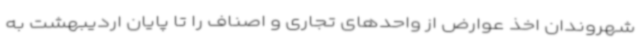
شهروندان اخذ عوارض از واحدهای تجاری و اصناف را تا پایان اردیبهشت به